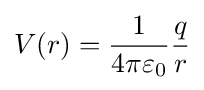
V(r)={\frac {1}{4\pi \varepsilon _{0}}}{\frac {q}{r}}